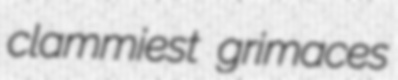
clammiest grimaces